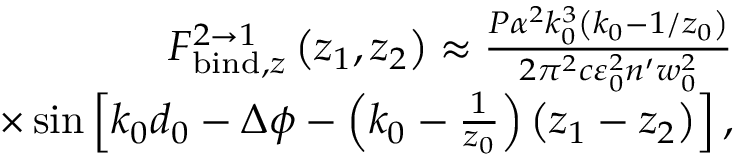
\begin{array} { r l r } & { } & { F _ { \mathrm { b i n d } , z } ^ { 2 \rightarrow 1 } \left( z _ { 1 } , z _ { 2 } \right) \approx \frac { P \alpha ^ { 2 } k _ { 0 } ^ { 3 } \left( k _ { 0 } - 1 / z _ { 0 } \right) } { 2 \pi ^ { 2 } c \varepsilon _ { 0 } ^ { 2 } n ^ { \prime } w _ { 0 } ^ { 2 } } } \\ & { } & { \times \sin \left[ k _ { 0 } d _ { 0 } - \Delta \phi - \left( k _ { 0 } - \frac { 1 } { z _ { 0 } } \right) \left( z _ { 1 } - z _ { 2 } \right) \right] , } \end{array}